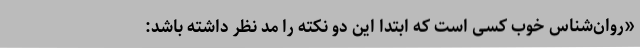
«روان‌شناس خوب کسی است که ابتدا این دو نکته را مد نظر داشته باشد: